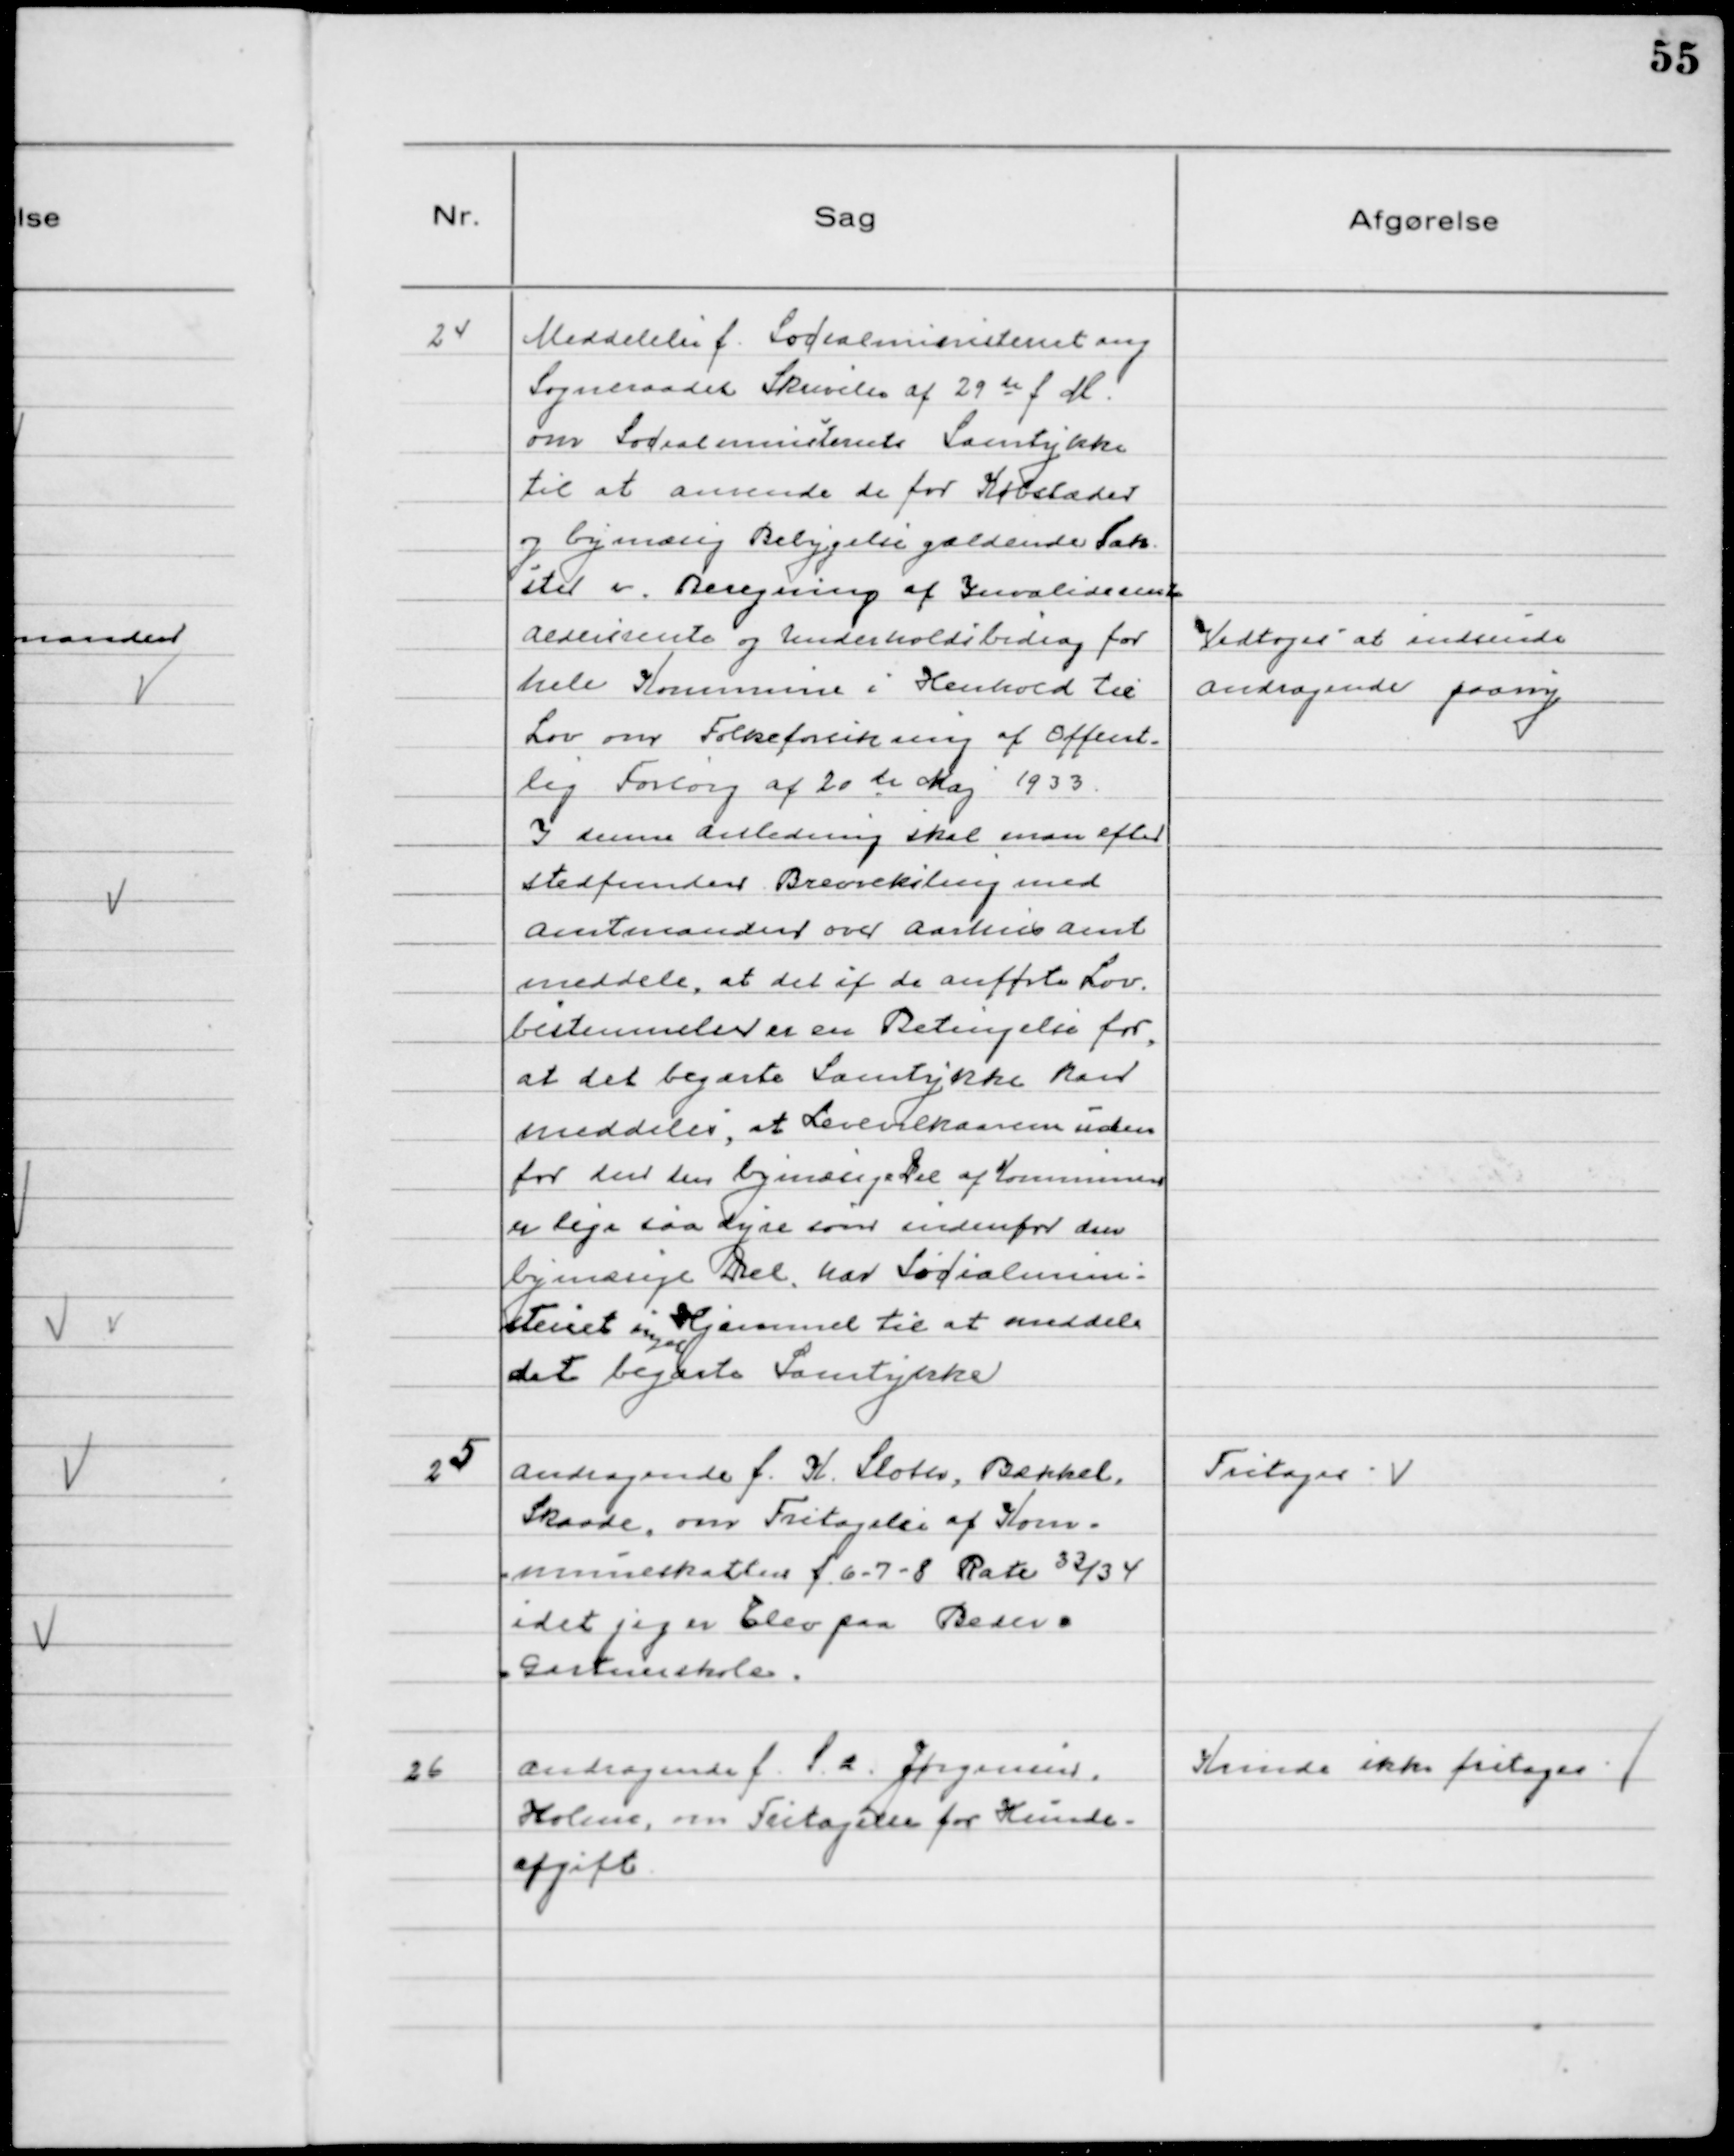
Transskription:
24
Meddelelse f. Socialministeriet ang
Sogneraadets Skrivelse af 29de f M.
om Socialministeriets Samtykke
til at anvende de for Købstæder
og bymæssig Bebyggelse gældende Tak
ster v. Beregning af Invaliderente
Aldersrente og Underholdsbidrag for
hele Kommunen i Henhold til
Lov om Folkeforsikring af Offent-
lig Forsorg af 20de Maj 1933.
I samme Anledning skal man efter
stedfunden Brevveksling med
Amtmanden over Aarhus Amt
meddele, at det if de anførte Lov
bestemmelser er en Betingelse for,
at det begærte Samtykke kan
meddeles, at Levevilkaarene uden
for den den bymæssige Del af Kommunen
er lige saa dyre som indenfor den
bymæssige Del har Socialmini-
steriet ingen Hjemmel til at meddele
det begærte Samtykke

Vedtoges at indsende
Andragende paany

25
Andragende f. K. Sloth, Bækkel,
Skaade,om Fritagelse af Kom-
muneskatten f. 6-7-8 Rate 33/34
idet jeg er Elev paa Beder
Gartnerskole.

Fritages

26
Andragende f. S. A. Jørgensen,
Holme, om Fritagelse for Hunde-
afgift

Kunde ikke fritages